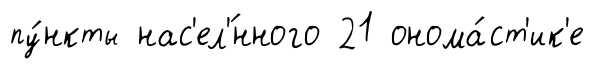
пу́нкты нас'ел'́нного 21 онома́ст'ик'е